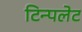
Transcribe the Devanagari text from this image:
टिन्पलेट